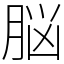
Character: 脳